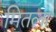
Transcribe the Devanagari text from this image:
मितला